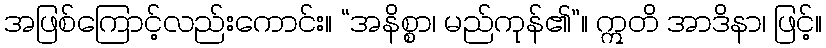
အဖြစ်ကြောင့်လည်းကောင်း။ “အနိစ္စာ၊ မည်ကုန်၏”။ ဣတိ အာဒိနာ၊ ဖြင့်။